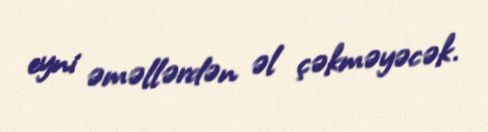
eyni əməllərdən əl çəkməyəcək.